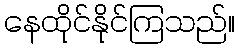
နေထိုင်နိုင်ကြသည်။